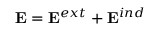
{ \bf E } = { \bf E } ^ { e x t } + { \bf E } ^ { i n d }